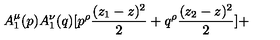
A _ { 1 } ^ { \mu } ( p ) A _ { 1 } ^ { \nu } ( q ) [ p ^ { \rho } { \frac { ( z _ { 1 } - z ) ^ { 2 } } { 2 } } + q ^ { \rho } { \frac { ( z _ { 2 } - z ) ^ { 2 } } { 2 } } ] +